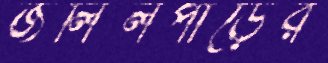
জলিলপাড়ের